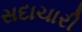
સદાચારી